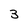
Character: 3